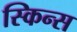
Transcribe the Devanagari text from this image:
स्किन्स